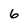
Character: 6